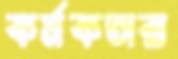
কর্মকতারা